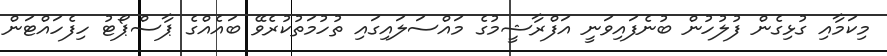
މިކަމާއި ގުޅިގެން ފުލުހުން ބުނެފައިވަނީ އަފްރާޝީމުގެ މައްސަލައިގައި ތުހުމަތުކުރެވޭ ބައެއްގެ ޕާސްޕޯޓު ހިފެހައްޓަން